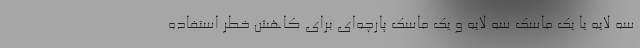
سه لایه یا یک ماسک سه لایه و یک ماسک پارچه‌ای برای کاهش خطر استفاده